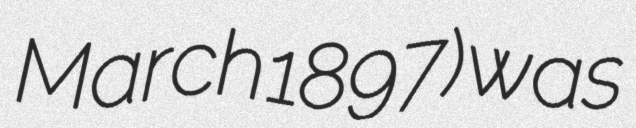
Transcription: March 1897) was